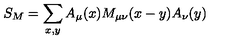
S _ { M } = \sum _ { x , y } A _ { \mu } ( x ) M _ { \mu \nu } ( x - y ) A _ { \nu } ( y )